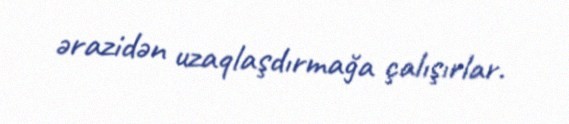
ərazidən uzaqlaşdırmağa çalışırlar.